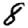
Digit: 8